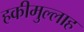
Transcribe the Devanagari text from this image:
हकीमुल्लाह